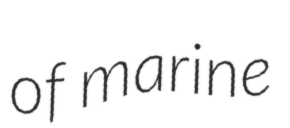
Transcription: of marine